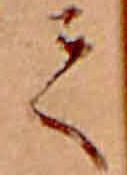
て